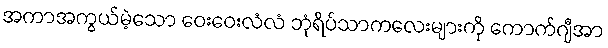
အကာအကွယ်မဲ့သော ဝေးဝေးလံလံ ဘုံရိပ်သာကလေးများကို ကောက်ဂျီအာ